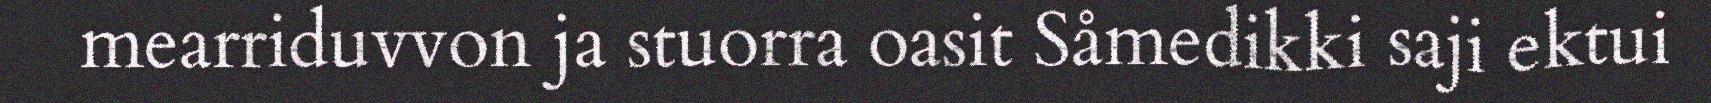
mearriduvvon ja stuorra oasit Såmedikki saji ektui